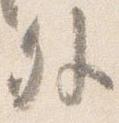
外